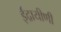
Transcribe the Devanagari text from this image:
ईंद्रायीणी